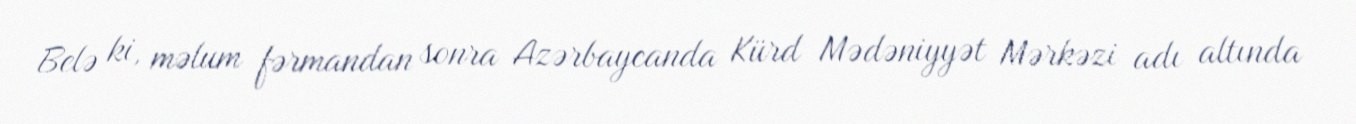
Belə ki, məlum fərmandan sonra Azərbaycanda Kürd Mədəniyyət Mərkəzi adı altında